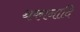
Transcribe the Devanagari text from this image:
थकानादि